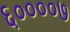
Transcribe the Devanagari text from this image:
६००००७